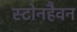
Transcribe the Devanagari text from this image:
स्टोनहैवन